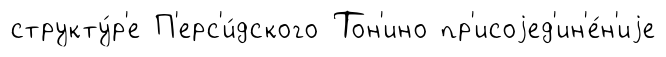
структу́р'е П'ерс'и́дского Тон'ино пр'исоjед'ин'е́н'иjе